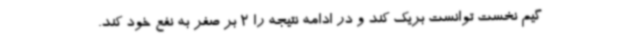
گیم نخست توانست بریک کند و در ادامه نتیجه را 2 بر صفر به نفع خود کند.